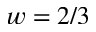
w = 2 / 3